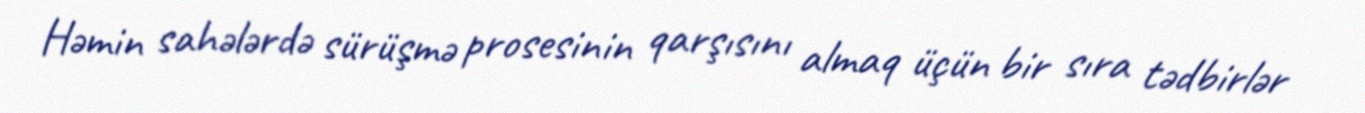
Həmin sahələrdə sürüşmə prosesinin qarşısını almaq üçün bir sıra tədbirlər